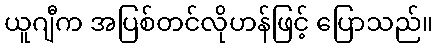
ယူဂျီက အပြစ်တင်လိုဟန်ဖြင့် ပြောသည်။